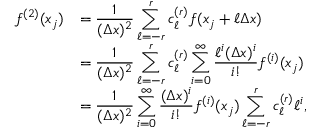
\begin{array} { r l } { f ^ { ( 2 ) } ( x _ { j } ) } & { = \displaystyle \frac { 1 } { ( \Delta x ) ^ { 2 } } \sum _ { \ell = - r } ^ { r } c _ { \ell } ^ { ( r ) } f ( x _ { j } + \ell \Delta x ) } \\ & { = \displaystyle \frac { 1 } { ( \Delta x ) ^ { 2 } } \sum _ { \ell = - r } ^ { r } c _ { \ell } ^ { ( r ) } \sum _ { i = 0 } ^ { \infty } \frac { \ell ^ { i } ( \Delta x ) ^ { i } } { i ! } f ^ { ( i ) } ( x _ { j } ) } \\ & { = \displaystyle \frac { 1 } { ( \Delta x ) ^ { 2 } } \sum _ { i = 0 } ^ { \infty } \frac { ( \Delta x ) ^ { i } } { i ! } f ^ { ( i ) } ( x _ { j } ) \sum _ { \ell = - r } ^ { r } c _ { \ell } ^ { ( r ) } \ell ^ { i } , } \end{array}